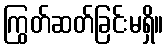
ကြွတ်ဆတ်ခြင်းမရှိ။